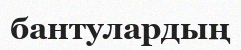
бантулардың